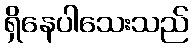
ရှိနေပါသေးသည်